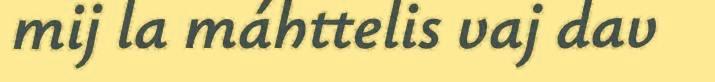
mij la máhttelis vaj dav